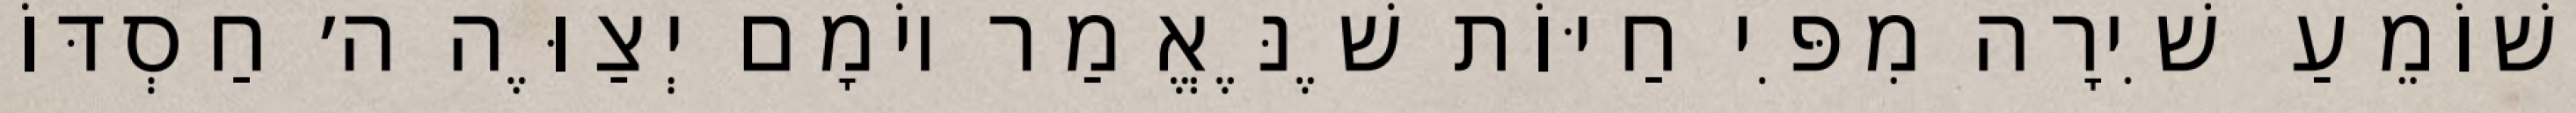
וְשׁוֹמֵעַ שִׁירָה מִפִּי חַיּוֹת שֶׁנֶּאֱמַר יוֹמָם יְצַוֶּה ה׳ חַסְדּוֹ